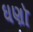
ઘણૉ